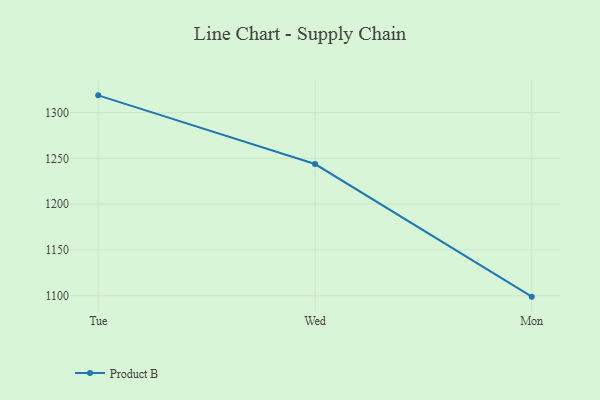
{"axis": {"x": "Day", "y": "Page Views"}, "legend": ["Product B"], "data": [{"x": "Tue", "y": 1318.8, "type": "Product B"}, {"x": "Wed", "y": 1243.8, "type": "Product B"}, {"x": "Mon", "y": 1099.0, "type": "Product B"}]}